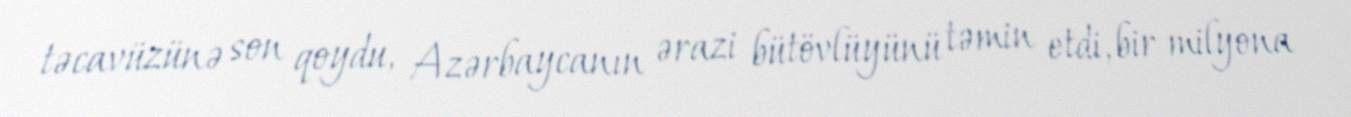
təcavüzünə son qoydu, Azərbaycanın ərazi bütövlüyünü təmin etdi, bir milyona